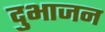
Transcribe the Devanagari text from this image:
दुभाजन